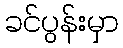
ခင်ပွန်းမှာ